Insane asylums Bombay 1873-77 - 1873-1877
Year: 1873
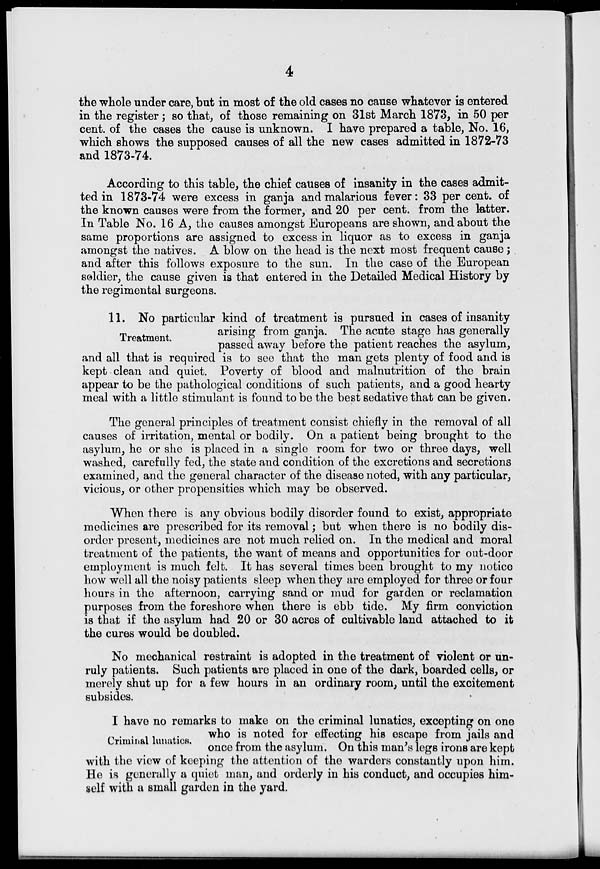
4
the whole under care, but in most of the old cases no cause whatever is entered
in the register; so that, of those remaining on 31st March 1873, in 50 per
cent. of the cases the cause is unknown. I have prepared a table, No. 16,
which shows the supposed causes of all the new cases admitted in 1872-73
and 1873-74.
According to this table, the chief causes of insanity in the cases admit-
ted in 1873-74 were excess in ganja and malarious fever: 33 per cent. of
the known causes were from the former, and 20 per cent. from the letter.
In Table No. 16 A, the causes amongst Europeans are shown, and about the
same proportions are assigned to excess in liquor as to excess in ganja
amongst the natives. A blow on the head is the next most frequent cause ;
and after this follows exposure to the sun. In the case of the European
soldier, the cause given is that entered in the Detailed Medical History by
the regimental surgeons.
Treatment.
11. No particular kind of treatment is pursued in cases of insanity
arising from ganja. The acute stage has generally
passed away before the patient reaches the asylum,
and all that is required is to see that the man gets plenty of food and is
kept clean and quiet. Poverty of blood and malnutrition of the brain
appear to be the pathological conditions of such patients, and a good hearty
meal with a little stimulant is found to be the best sedative that can be given.
The general principles of treatment consist chiefly in the removal of all
causes of irritation, mental or bodily. On a patient being brought to the
asylum, he or she is placed in a single room for two or three days, well
washed, carefully fed, the state and condition of the excretions and secretions
examined, and the general character of the disease noted, with any particular,
vicious, or other propensities which may be observed.
When there is any obvious bodily disorder found to exist, appropriate
medicines are prescribed for its removal; but when there is no bodily dis-
order present, medicines are not much relied on. In the medical and moral
treatment of the patients, the want of means and opportunities for out-door
employment is much felt. It has several times been brought to my notice
how well all the noisy patients sleep when they are employed for three or four
hours in the afternoon, carrying sand or mud for garden or reclamation
purposes from the foreshore when there is ebb tide. My firm conviction
is that if the asylum had 20 or 30 acres of cultivable land attached to it
the cures would be doubled.
No mechanical restraint is adopted in the treatment of violent or un-
ruly patients. Such patients are placed in one of the dark, boarded cells, or
merely shut up for a few hours in an ordinary room, until the excitement
subsides.
Criminal lunatics.
I have no remarks to make on the criminal lunatics, excepting on one
who is noted for effecting his escape from jails and
once from the asylum. On this man's legs irons are kept
with the view of keeping the attention of the warders constantly upon him.
He is generally a quiet man, and orderly in his conduct, and occupies him-
self with a small garden in the yard.